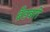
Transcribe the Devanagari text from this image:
ब्रँडबरी